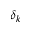
\delta _ { k }